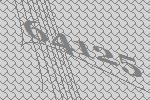
64125